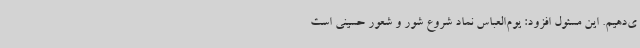
ی‌دهیم. این مسئول افزود: یوم‌العباس نماد شروع شور و شعور حسینی است